Annual administration report of the Civil Veterinary Department of India - 1909-1910
Year: 1909
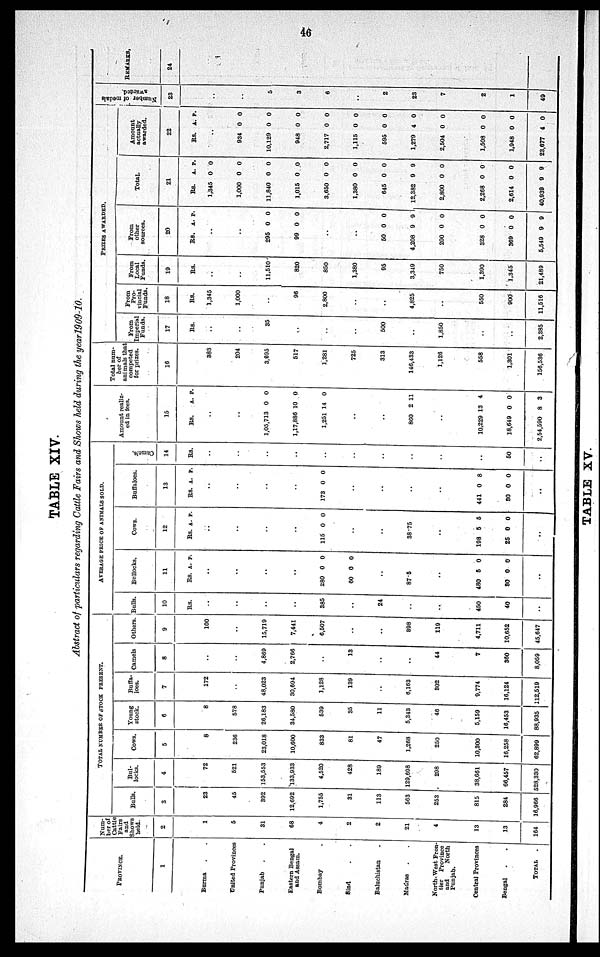
46
TABLE XIV.
Abstract of particulars regarding Cattle Fairs and Shows held during the year 1909-10.
PROVINCE.
1
Burma . .
United Provinces
Punjab . .
Eastern Bengal
and Assam.
Bombay .
Sind . .
Baluchistan .
Madras . .
North-West Fron-
tier
Province
and
North
Punjab.
Central Provinces
Bengal . .
TOTAL
.
Num-
ber of
Cattle
Fairs
and
Shows
held.
2
1
5
31
68
4
2
2
21
4
13
13
164
TOTAL NUMBER OF STOCT PRESENT.
Bulls.
3
23
45
392
12,692
1,755
31
113
563
253
815
284
16,966
Bul-
locks.
4
72
521
153,553
133,933
4,520
428
189
129,698
298
38,661
66,457
528,330
Cows.
5
8
236
23,018
10,600
833
81
47
1,268
250
10,300
16,258
62,899
Young
stock.
6
8
578
26,183
34,580
539
35
11
5,343
46
5,159
16,453
88,935
Buffa-
loes.
7
172
..
48,023
30,694
1,128
139
..
6,163
802
9,774
16,124
112,519
Camels
8
..
..
4,869
2,766
..
13
..
..
44
7
360
8,059
Others.
9
100
..
15,719
7,441
6,507
..
..
398
119
4,711
10,652
45,647
AVERAGE PRICE OF ANIMALS SOLD.
Bulls.
10
Rs.
..
..
..
..
385
..
24
..
..
450
40
..
Bullocks.
11
Rs.
..
..
..
.
280
60
..
87.5
..
480
80
..
A.
.
0
0
5
0
P.
0
0
0
0
Cows.
12
Rs.
..
..
..
..
115
..
..
38.75
..
198
25
..
A.
0
5
0
P.
0
5
0
Buffaloes.
13
Rs.
..
..
..
..
173
..
..
..
..
441
30
..
A.
0
0
0
P.
0
8
0
Camels.
14
Rs.
..
..
..
..
..
..
..
..
..
..
50
..
Amount realiz-
ed in fees.
15
Rs.
..
..
1,05,713
1,17,886
1,251
..
..
860
..
10,229
18,649
2,54,590
A.
0
10
14
2
13
0
8
P.
0
0
0
11
4
0
3
Total num-
ber of
animals that
competed
for prizes.
16
383
204
3,695
517
1,281
725
313
140,433
1,126
558
1,301
156,536
PRIZES
AWARDED.
From
Imperial
Funds.
17
Rs.
..
..
35
..
..
..
500
..
1,850
..
..
2,385
From
Pro-
vincial
Funds.
18
Rs.
1,345
1,000
..
96
2,800
..
..
4,825
..
550
900
11,516
From
Local
Funds.
19
Rs.
..
..
11,510
820
850
1,380
95
3,349
750
1,390
1,345
21,489
From
other
sources.
20
Rs.
..
..
295
99
..
..
50
4,208
200
328
369
5,549
A.
0
0
0
9
0
0
0
9
P.
0
0
0
9
0
0
0
9
Total.
21
Rs.
1,345
1,000
11,840
1,015
3,650
1,380
645
12,382
2,800
2,268
2,614
40,939
A.
0
0
0
0
0
0
0
9
0
0
0
9
P.
0
0
0
0
0
0
0
9
0
0
0
9
Amount
actually
awarded.
22
Rs.
..
934
10,129
948
2,717
1,115
595
1,279
2,504
1,508
1,948
23,677
A.
0
0
0
0
0
0
4
0
0
0
4
P.
0
0
0
0
0
0
0
0
0
0
0
Number of medals
awarded.
23
..
..
5
3
6
..
2
23
7
2
1
49
REMARKS.
24